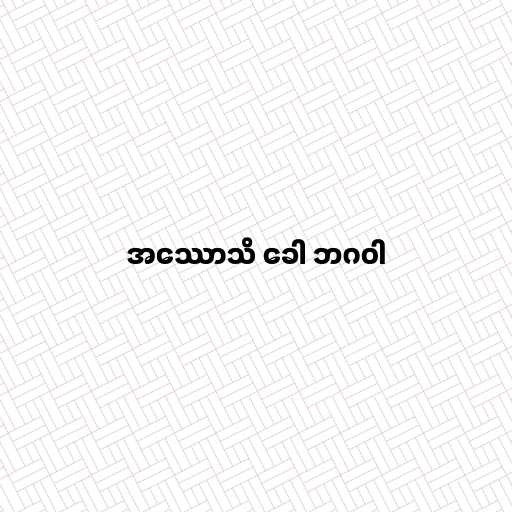
အဿောသိ ခေါ ဘဂဝါ